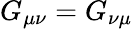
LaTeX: G_{\mu\nu}=G_{\nu\mu}